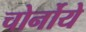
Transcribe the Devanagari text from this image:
चोर्नोये